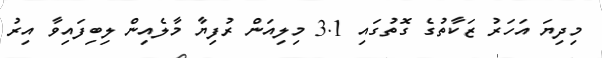
މިދިޔަ އަހަރު ޒަކާތުގެ ގޮތުގައި 3.1 މިލިއަން ރުފިޔާ މާލެއިން ލިބިފައިވާ އިރު